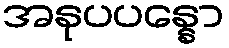
အနုပပန္နော